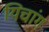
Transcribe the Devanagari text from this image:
यिचांग